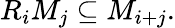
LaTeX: R_{i}M_{j}\subseteq M_{i+j}.